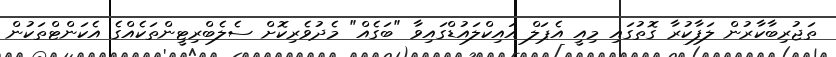
ތަޖުރިބާކާރުން ލަފާކުރާ ގޮތުގައި މިއީ އެޕަލް އައިކްލައުޑްގައިވާ "ބަގެއް" މެދުވެރިކޮށް ސެލެބްރިޓީންތަކެއްގެ އެކަންޓްތަކުން